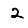
Digit: 2